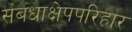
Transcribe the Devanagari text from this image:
संबंधाक्षेपपरिहार